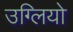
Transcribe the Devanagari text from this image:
उग्लियो